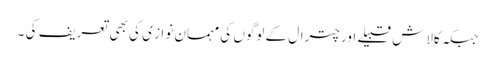
جبکہ کالاش قبیلے اور چترال کے لوگوں کی مہمان نواز ی کی بھی تعریف کی ۔